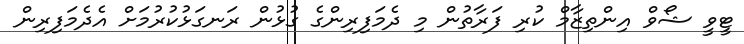
ޓީވީ ޝޯވް އިންތިޒާމް ކުރި ފަރާތުން މި ދެމަފިރިންގެ ގުޅުން ރަނގަޅުކުރުމަށް އެދެމަފިރިން